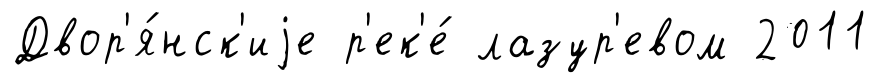
Двор'я́нск'иjе р'ек'е́ лазур'евом 2011